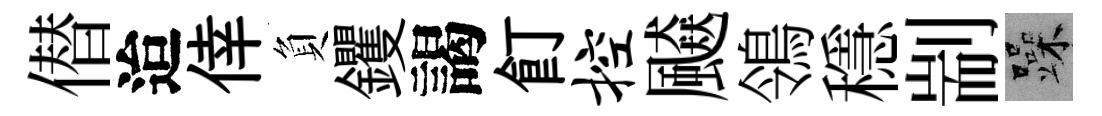
僣迨倖負钁謁飣控飇鴒穩剬躁